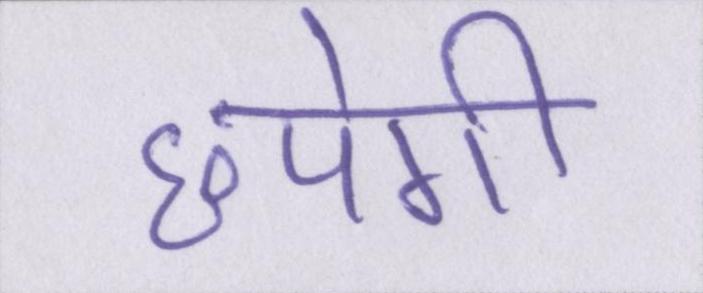
छपेगी